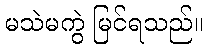
မသဲမကွဲ မြင်ရသည်။